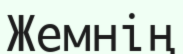
Жемнің